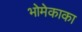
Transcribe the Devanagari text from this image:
भोमेकाका